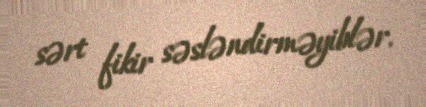
sərt fikir səsləndirməyiblər.